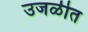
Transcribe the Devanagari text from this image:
उजळीत